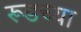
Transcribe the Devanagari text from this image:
रूडच्या